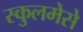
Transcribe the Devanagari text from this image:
स्कुलमेसे